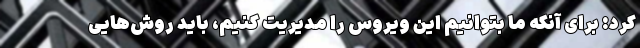
کرد: برای آنکه ما بتوانیم این ویروس را مدیریت کنیم، باید روش‌هایی